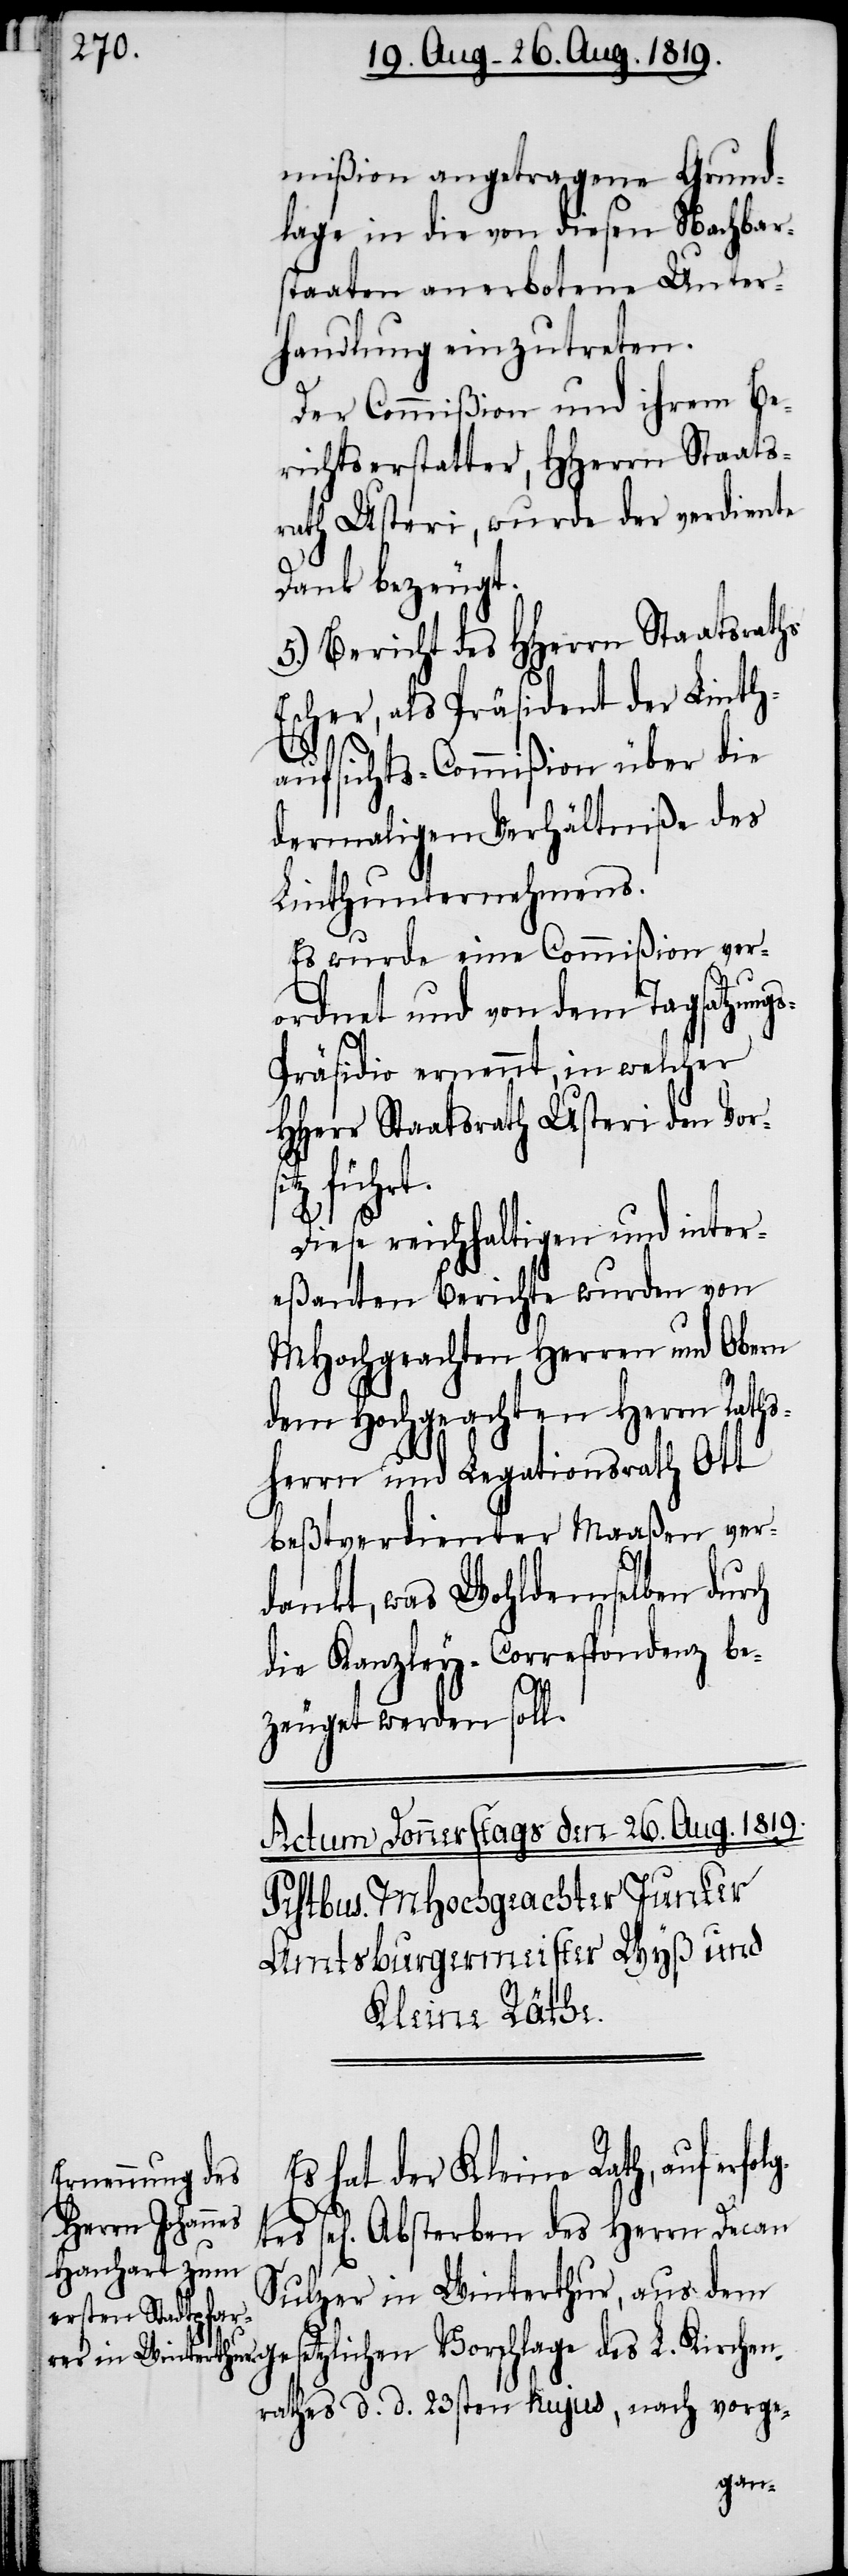
mißion angetragene Grund¬
lage in die von diesen Nachbar¬
staaten anerbotene Unter¬
handlung einzutreten.
Der Commißion und ihrem Be¬
richtserstatter, HHerrn Staats¬
rath Usteri, wurde der verdiente
Dank bezeugt.
5.) Bericht des HHerrn Staatsraths
Escher, als Präsident der Linth¬
aufsichts-Commißion über die
dermaligen Verhältniße des
Linthunternehmens.
Es wurde eine Commißion ver¬
L.
ordnet und von dem Tagsatzungs-P¬
räsidio ernennt, in welcher
HHerr Staatsrath Usteri den Vor¬
Kirchen¬
Diese reichhaltigen und inter¬
eßanten Berichte wurden von
MHochgeachten Herren und Obern
dem Hochgeachten Herrn Raths¬
herrn und Legationsrath Ott
beßtverdienter Maaßen ver¬
dankt, was Wohldemselben durch
die Kanzley-Correspondenz be¬
zeuget werden soll.
Es hat der Kleine Rath, auf
sel[iges] Absterben des Herrn Decan
Sulzer in Winterthur, aus dem
rathes d. d. 23sten hujus, nach vorge-